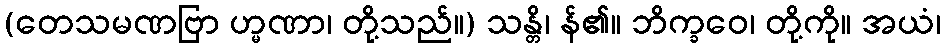
(တေသမဏဗြာ ဟ္မဏာ၊ တို့သည်။) သန္တိ၊ န်၏။ ဘိက္ခဝေ၊ တို့ကို။ အယံ၊